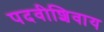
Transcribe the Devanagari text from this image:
पदवीशिवाय